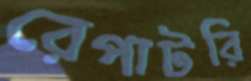
রেপাটরি